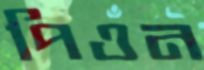
পিওন